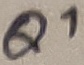
Text: A1